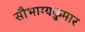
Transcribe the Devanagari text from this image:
सौभाग्यकुमार